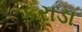
કરાડા